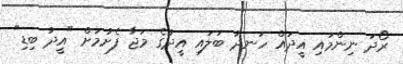
ރޯދަ ނިންމައި އީދައް ހަނދު ބަލައި އީދުގެ މަޖާ ފެށުމަށް "އީދު ބިޑި"